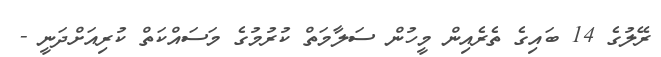
ރޭލުގެ 14 ބައިގެ ތެރެއިން މީހުން ސަލާމަތް ކުރުމުގެ މަސައްކަތް ކުރިއަށްދަނީ -